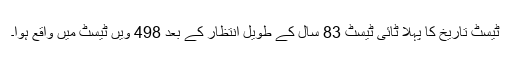
ٹیسٹ تاریخ کا پہلا ٹائی ٹیسٹ 83 سال کے طویل انتظار کے بعد 498 ویں ٹیسٹ میں واقع ہوا۔